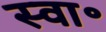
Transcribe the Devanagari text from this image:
स्वा॰